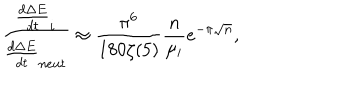
LaTeX: \frac { \frac { d \Delta E } { d t } _ { i } } { \frac { d \Delta E } { d t } _ { n e u t } } \approx \frac { \pi ^ { 6 } } { 1 8 0 \zeta ( 5 ) } \frac { n } { \mu _ { i } } e ^ { - \pi \sqrt { n } } ,